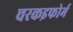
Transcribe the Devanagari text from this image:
चरकइफोर्म